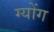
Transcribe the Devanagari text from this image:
ग्योंग